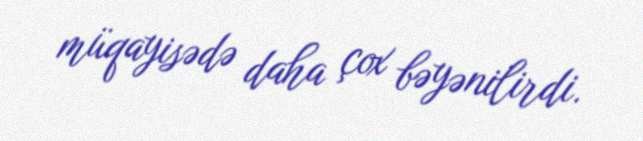
müqayisədə daha çox bəyənilirdi.